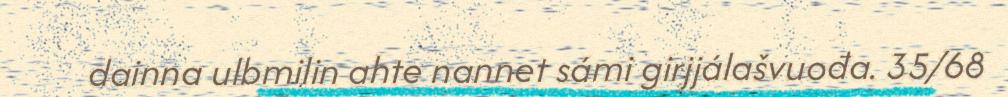
dainna ulbmilin ahte nannet sámi girjjálašvuođa. 35/68